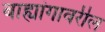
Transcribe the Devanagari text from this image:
बाह्यांगावरील